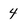
Character: 4